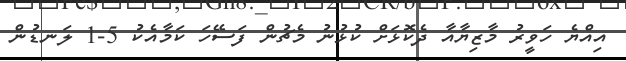
އިއްޔެ ހަވީރު މާޒިޔާއާ ދެކޮޅަށް ކުޅުނު މެޗުން ފަސޭހަ ކަމާއެކު 5-1 ލަނޑުން